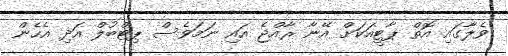
ވެލާގައި އޮތް ޕާޓީއަކަށް އޭނާ ރާއްޖެ އައި ނަމަވެސް ޕިޓްބުލް އަދި އެހެން